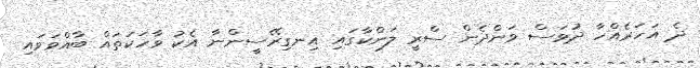
ދެ އަހަރެއްހާ ދުވަސް ވަންދެން ސްރީ ލަންކާގައި އިނގިރޭސީންނާ އެކު ވާހަކަތައް ބާއްވަވައި